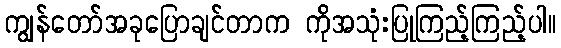
ကျွန်တော်အခုပြောချင်တာက ကိုအသုံးပြုကြည့်ကြည့်ပါ။